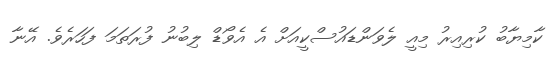
ކާމިޔާބު ކުރިއިރު މިއީ ލެވަންޑައުސްކީއަށް އެ އެވޯޑް ލިބުނު ފުރަތަމަ ފަހަރެވެ. އޭނާ